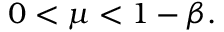
0 < \mu < 1 - \beta .